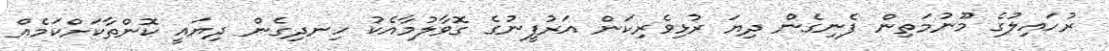
ރުހައިލުގެ މޫނުމަތިން ފެނިގެން ދިޔަ ރުޅިވެރިކަން އަރުފީނުގެ ގޮވާލުމާއެކު ހިނދިގެން ދިޔައީ ކޮންތާކަށްކަމެއް